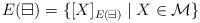
LaTeX: \begin{align*}E(\boxminus) = \{ [X]_{E(\boxminus)} \mid X\in \mathcal M\}\end{align*}